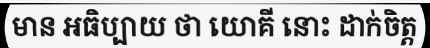
មាន អធិប្បាយ ថា យោគី នោះ ដាក់ចិត្ត